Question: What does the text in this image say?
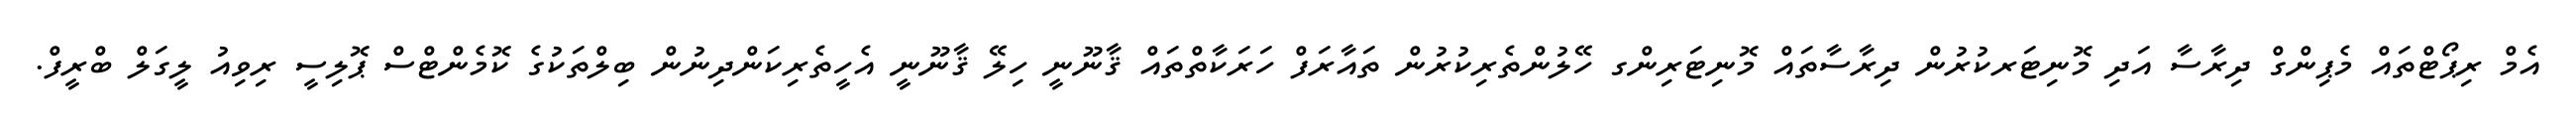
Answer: އެމް ރިޕޯޓްތައް މެޕިންގް ދިރާސާ އަދި މޮނިޓަރކުރުން ދިރާސާތައް މޮނިޓަރިންގ ހޭލުންތެރިކުރުން ތައާރަފް ހަރަކާތްތައް ޤާނޫނީ ހިލޭ ޤާނޫނީ އެހީތެރިކަންދިނުން ބިލްތަކުގެ ކޮމެންޓްސް ޕޮލިސީ ރިވިއު ލީގަލް ބްރީފް.